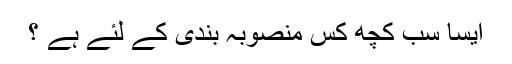
ایسا سب کچھ کس منصوبہ بندی کے لئے ہے ؟